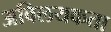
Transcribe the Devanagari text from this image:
अविलयकता